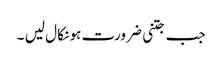
جب جتنی ضرورت ہو نکا ل لیں ۔